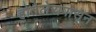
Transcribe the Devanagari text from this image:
होतेलेरापासून